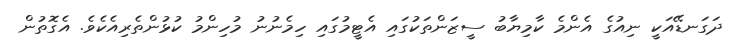
ދަގަނޑޭއަކީ ނިއުގެ އެންމެ ކާމިޔާބު ސީޒަންތަކުގައި އެޓީމުގައި ހިމެނުނު މުހިންމު ކުޅުންތެރިއެކެވެ. އެގޮތުން